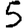
Digit: 5